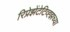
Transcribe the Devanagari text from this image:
रिप्रेझेंटेटिव्ह्झच्या